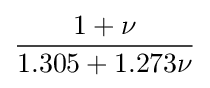
{\frac {1+\nu }{1.305+1.273\nu }}